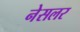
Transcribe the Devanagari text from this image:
नेसलर